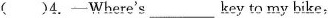
( )4. -Where's ___ key to my bike,